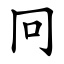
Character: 冋